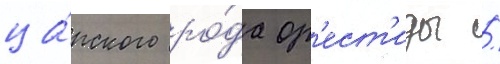
ца́рского ро́да ор'ест'иды /